Bombay plague: being a history of the progress of plague in the Bombay presidency from September 1896 to June 1899
Year: 1896
Disease focus: Plague
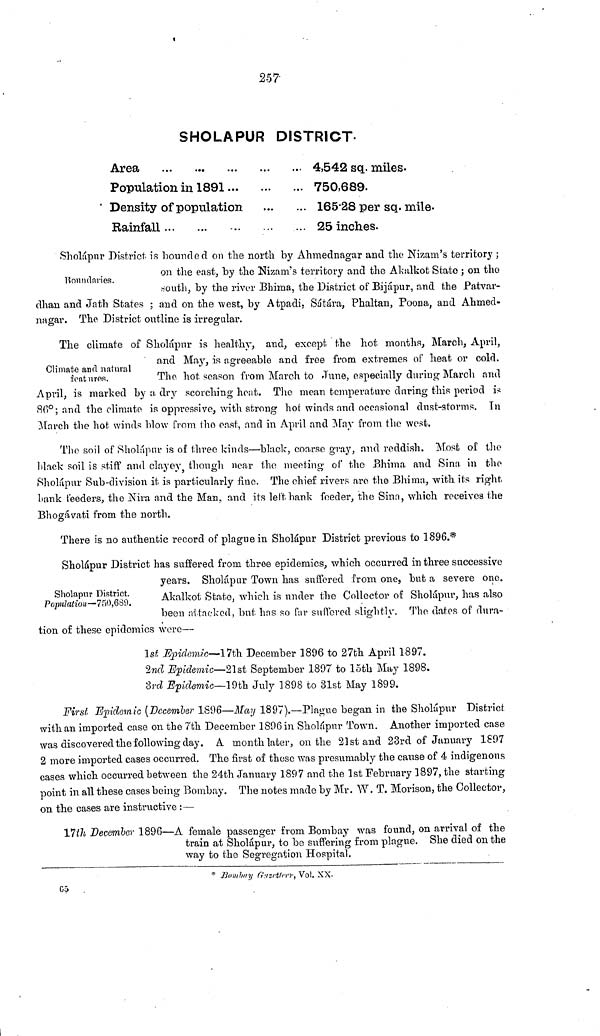
257
SHOLAPUR DISTRICT.
Area ...
Population in 1891 ...
Density of population
Rainfall ...
...
...
... 4,542 sq. miles.
... 750,689.
... 165 . 28 per sq. mile.
... 25 inches.
Boundaries.
Sholápur District is bounded on the north by Ahmednagar and the Nizam's territory ;
on the east, by the Nizam's territory and the Akálkot State ; on the
south, by the river Bhima, the District of Bijápur, and the Patvar-
dhan and Jath States ; and on the west, by Atpadi. Sátára, Phaltan, Poona, and Ahmed-
nagar. The District outline is irregular.
Climate ana natural
features.
The climate of Sholápur is healthy, and, except the hot months, March, April,
and May, is agreeable and free from extremes of heat or cold.
The hot season from March to June, especially during March and
April, is marked by a dry scorching heat. The mean temperature daring this period is
80°; and the climate is oppressive, with strong hoi winds and occasional dust-storms. In
March the hot winds blow from i ho east, and in April and May from the west.
The soil of Sholápur is of three kinds—black, coarse gray, and reddish. Most of the
black soil is stiff and clayey, though near the meeting of the Bhima and Sina in the
Sholápur Sub-division it is particularly fine. The chief rivers are the Bhima, with its right
bank feeders, the Nira and the Man, and its left bank feeder, the Sinn, which receives the
Bhogávati from the north.
There is no authentic record of plague in Sholápur District previous to 1896.*
Sholaptir District.
Population—750,689.
Sholapur District has suffered from three epidemics, which occurred in three successive
years. Sholápur Town has suffered from one, but a severe one.
Akalkot State, which is under the Collector of Sholápur, has also
been attacked, but has so far suffered slightly. The datos of dura-
tion of these epidemics were—
1st Epidemic—17th December 1896 to 27th April 1897.
2nd Epidemic—21st September 1897 to 15th May 1898.
3rd Epidemic—19th July 1898 to 31st May 1899.
First Epidemic (Dccemler 1896—May 1897).—Plague began in the Sholápur District
with an imported case 011 the 7th December 1896 in Sholápur Town. Another imported case
was discovered the following day. A month later, on the 21st and 23rd of January 1897
2 more imported cases occurred. The first of these was presumably the cause of 4 indigenous
cases which occurred between the 24th January 1897 and the 1st February 1897, the starting
point in all these cases being Bombay. The notes made by Mr. W. T. Morison, the Collector,
on the cases are instructive :—
17th December 1896—A female passenger from Bombay was found, on arrival of the
train at Sholapur, to be suffering from plague. She died on the
way to the Segregation Hospital.
* Bombay Gazetleer, Vol. XX.
65